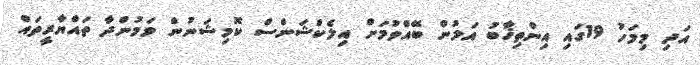
އަދި މިމަހު 19ގައި އިންތިޚާބު އަލުން ބޭއްވުމަށް އިލެކްޝަންސް ކޮމިޝަނުން ވަމުންދާ ތައްޔާރީތައް